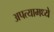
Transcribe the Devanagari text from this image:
अपत्यामध्ये